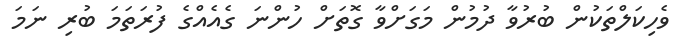
ވެހިކަލްތަކުން ބުރުވާ ދުމުން މަގަށްވާ ގޮތަށް ހުންނަ ގެއެއްގެ ފުރަތަމަ ބުރި ނަމަ